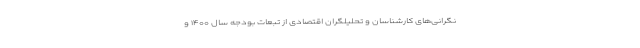
نگرانی‌های کارشناسان و تحلیلگران اقتصادی از تبعات بودجه سال ۱۴۰۰ و